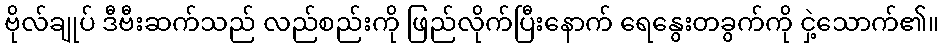
ဗိုလ်ချုပ် ဒီဗီးဆက်သည် လည်စည်းကို ဖြည်လိုက်ပြီးနောက် ရေနွေးတခွက်ကို ငှဲ့သောက်၏။